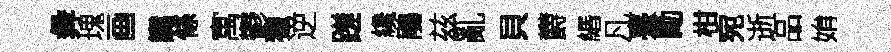
彜瑰画讟條寓鬱獵逆蹉纔鵑兹亂貝欝緡凡臺勵柑宛逝品姢